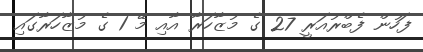
ފަހުން ފެބްރުއަރީ 27 ގެ މުޒާހަރާ އާއި މޭ 1 ގެ މުޒާހަރާގައި